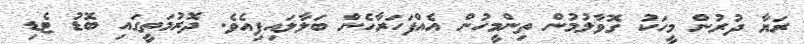
ރަޔާ ދުރުން މީހަކު ގޮވާލުމުން ތިންމީހުން އެއްފަހަރާހެން ބަލާލައިފިއެވެ. ދޮރުމަތީގައި ބޮޑު ޓެޑި